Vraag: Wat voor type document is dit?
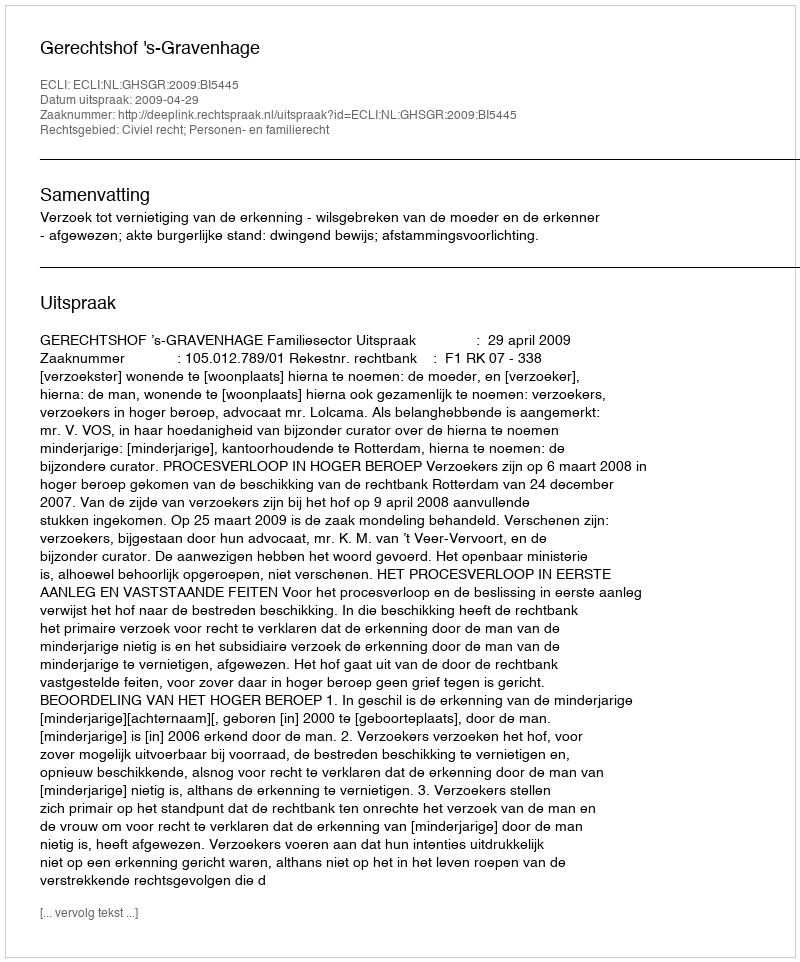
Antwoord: Uitspraak